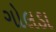
ગોલડા